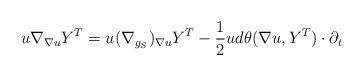
LaTeX: \begin{align*}u\nabla_{\nabla u}Y^T=u(\nabla_{g_S})_{\nabla u}Y^T-\frac{1}{2}ud\theta(\nabla u,Y^T)\cdot\partial_t\end{align*}